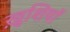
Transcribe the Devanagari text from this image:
ख़ुशियाॅ